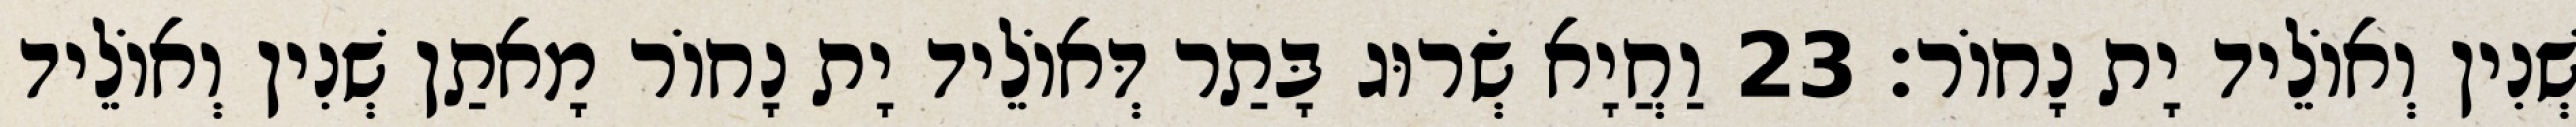
שְׁנִין וְאוֹלֵיד יָת נָחוֹר׃ 23 וַחֲיָא שְׂרוּג בָּתַר דְּאוֹלֵיד יָת נָחוֹר מָאתַן שְׁנִין וְאוֹלֵיד